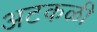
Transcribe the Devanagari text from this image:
अटकळी